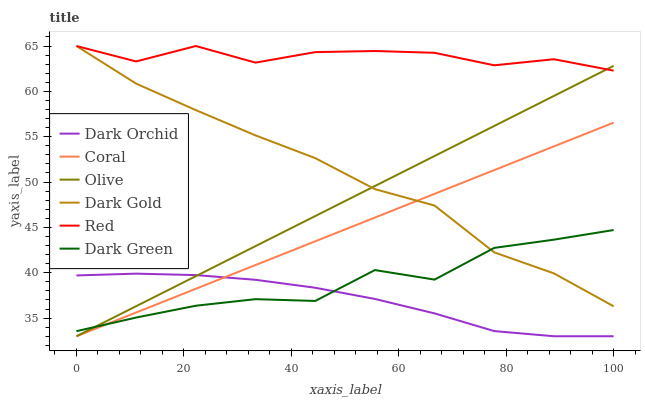
| xaxis_label | Dark Orchid | Coral | Olive | Dark Gold | Red | Dark Green |
 | --- | --- | --- | --- | --- | --- | --- |
 | 0 | 39.7 | 33 | 33 | 65 | 65 | 33.6 |
 | 11.1 | 39.9 | 35.6 | 36.3 | 60.9 | 63.3 | 35.1 |
 | 22.2 | 39.7 | 38.2 | 39.6 | 57.9 | 65 | 36.4 |
 | 33.3 | 39.2 | 40.9 | 42.9 | 55.1 | 63.2 | 37.1 |
 | 44.4 | 38.3 | 43.5 | 46.2 | 52.6 | 64.3 | 36.9 |
 | 55.6 | 37.1 | 46.1 | 49.6 | 49.2 | 64.5 | 40.3 |
 | 66.7 | 35.5 | 48.7 | 52.9 | 47.4 | 64.3 | 39.2 |
 | 77.8 | 33.6 | 51.3 | 56.2 | 42.2 | 62.9 | 42.7 |
 | 88.9 | 33 | 53.9 | 59.5 | 39.9 | 63.5 | 43.6 |
 | 100 | 33 | 56.6 | 62.8 | 36.3 | 62.3 | 44.7 |